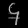
Digit: ၄